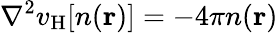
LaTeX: \nabla^{2}v_{\mathrm{H}}[n(\textbf{r})]=-4\pi n(\textbf{r})